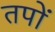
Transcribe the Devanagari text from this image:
तपों